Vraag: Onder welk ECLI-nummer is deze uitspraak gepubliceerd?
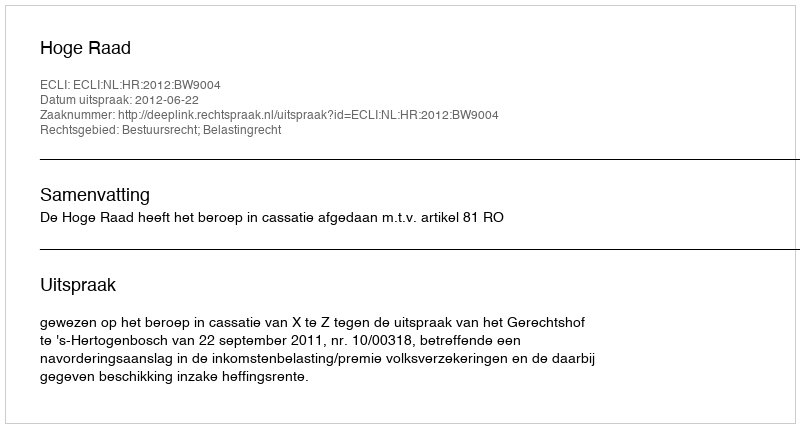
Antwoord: ECLI:NL:HR:2012:BW9004